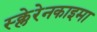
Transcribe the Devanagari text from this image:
स्क्लेरेनकाइमा